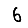
Digit: 6